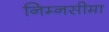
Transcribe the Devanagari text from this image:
निम्नसीमा